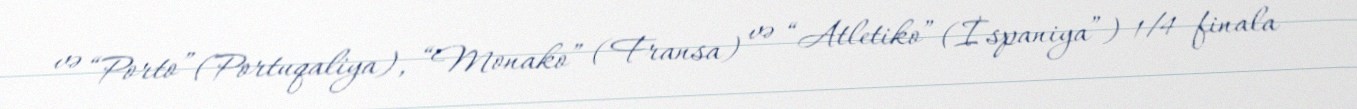
və “Porto” (Portuqaliya), “Monako” (Fransa) və “Atletiko” (İspaniya”) 1/4 finala